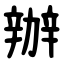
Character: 辦